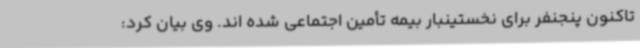
تاکنون پنجنفر برای نخستینبار بیمه تأمین اجتماعی شده اند. وی بیان کرد: